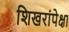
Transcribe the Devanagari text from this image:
शिखरांपेक्षा